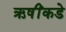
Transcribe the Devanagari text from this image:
ऋषींकडे